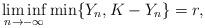
LaTeX: \begin{align*}\liminf_{n \to -\infty}\min\{Y_n,K-Y_n\} = r,\end{align*}